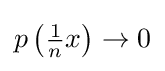
p\left({\tfrac {1}{n}}x\right)\to 0